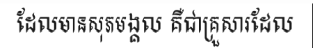
ដែលមានសុភមង្គល គឺជាគ្រួសារដែល